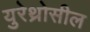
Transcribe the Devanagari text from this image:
युरेथ्रोसील